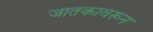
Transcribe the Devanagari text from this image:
जातकावरून